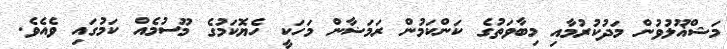
މަޝްޣޫލުވުން މަދުކުރުމާއި މިބާވަތުގެ ކަންކަމުން ރަމަޟާން މަހަކީ ހެޔޮކަމުގެ މޫސުމެއް ކަމުގައި ވެއެވެ.